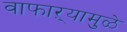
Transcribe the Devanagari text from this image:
वाफाऱ्यामुळे